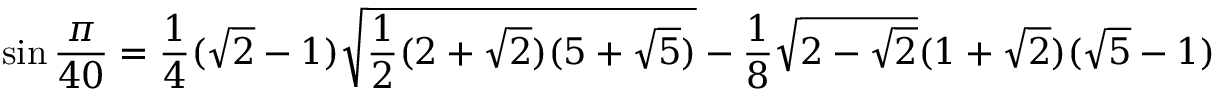
\sin { \frac { \pi } { 4 0 } } = { \frac { 1 } { 4 } } ( { \sqrt { 2 } } - 1 ) { \sqrt { { \frac { 1 } { 2 } } ( 2 + { \sqrt { 2 } } ) ( 5 + { \sqrt { 5 } } ) } } - { \frac { 1 } { 8 } } { \sqrt { 2 - { \sqrt { 2 } } } } ( 1 + { \sqrt { 2 } } ) ( { \sqrt { 5 } } - 1 )